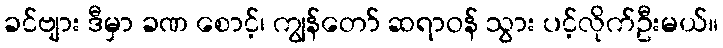
ခင်ဗျား ဒီမှာ ခဏ စောင့်၊ ကျွန်တော် ဆရာဝန် သွား ပင့်လိုက်ဦးမယ်။